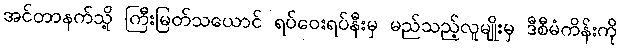
အင်တာနက်သို့ ကြီးမြတ်သယောင် ရပ်ဝေးရပ်နီးမှ မည်သည့်လူမျိုးမှ ဒီစီမံကိန်းကို